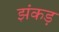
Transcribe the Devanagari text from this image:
झंकड़